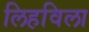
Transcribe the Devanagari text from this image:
लिहविला